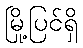
မြို့ပြင်ရှိ